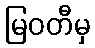
မြဝတီမှ